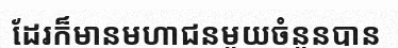
ដែរក៏មានមហាជនមួយចំនួនបាន